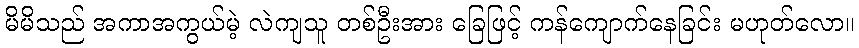
မိမိသည် အကာအကွယ်မဲ့ လဲကျသူ တစ်ဦးအား ခြေဖြင့် ကန်ကျောက်နေခြင်း မဟုတ်လော။